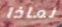
لماذا